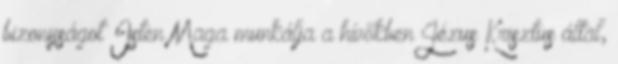
bizonyságot Isten Maga munkálja a hívőkben Jézus Krisztus által,